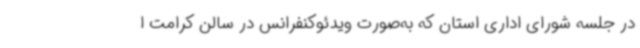
در جلسه شورای اداری استان که به‌صورت ویدئوکنفرانس در سالن کرامت ا